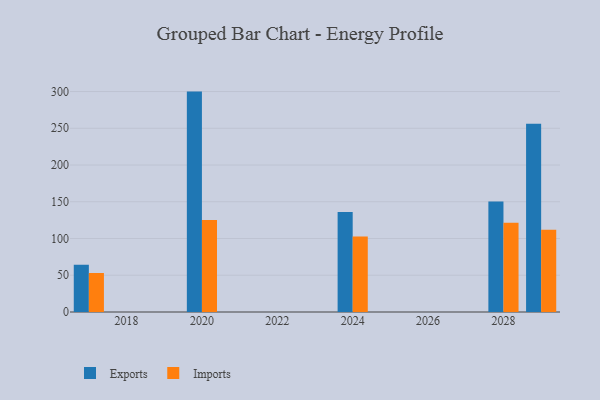
{"axis": {"x": "Year", "y": "Tickets Resolved"}, "legend": ["Exports", "Imports"], "data": [{"x": "2029", "y": 256.1, "type": "Exports"}, {"x": "2029", "y": 112.0, "type": "Imports"}, {"x": "2028", "y": 150.2, "type": "Exports"}, {"x": "2028", "y": 121.5, "type": "Imports"}, {"x": "2024", "y": 136.1, "type": "Exports"}, {"x": "2024", "y": 102.7, "type": "Imports"}, {"x": "2020", "y": 299.9, "type": "Exports"}, {"x": "2020", "y": 125.2, "type": "Imports"}, {"x": "2017", "y": 64.3, "type": "Exports"}, {"x": "2017", "y": 53.1, "type": "Imports"}]}